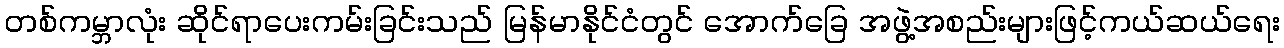
တစ်ကမ္ဘာလုံး ဆိုင်ရာပေးကမ်းခြင်းသည် မြန်မာနိုင်ငံတွင် အောက်ခြေ အဖွဲ့အစည်းများဖြင့်ကယ်ဆယ်ရေး